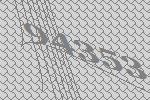
94353